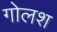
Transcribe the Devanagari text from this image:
गोलश